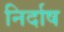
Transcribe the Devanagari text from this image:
निर्दाष